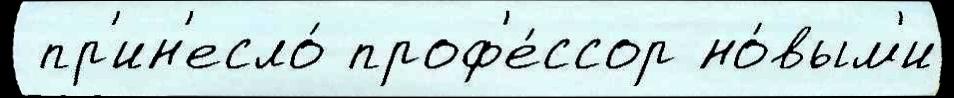
 пр'ин'есло́ проф'е́ссор но́вым'и